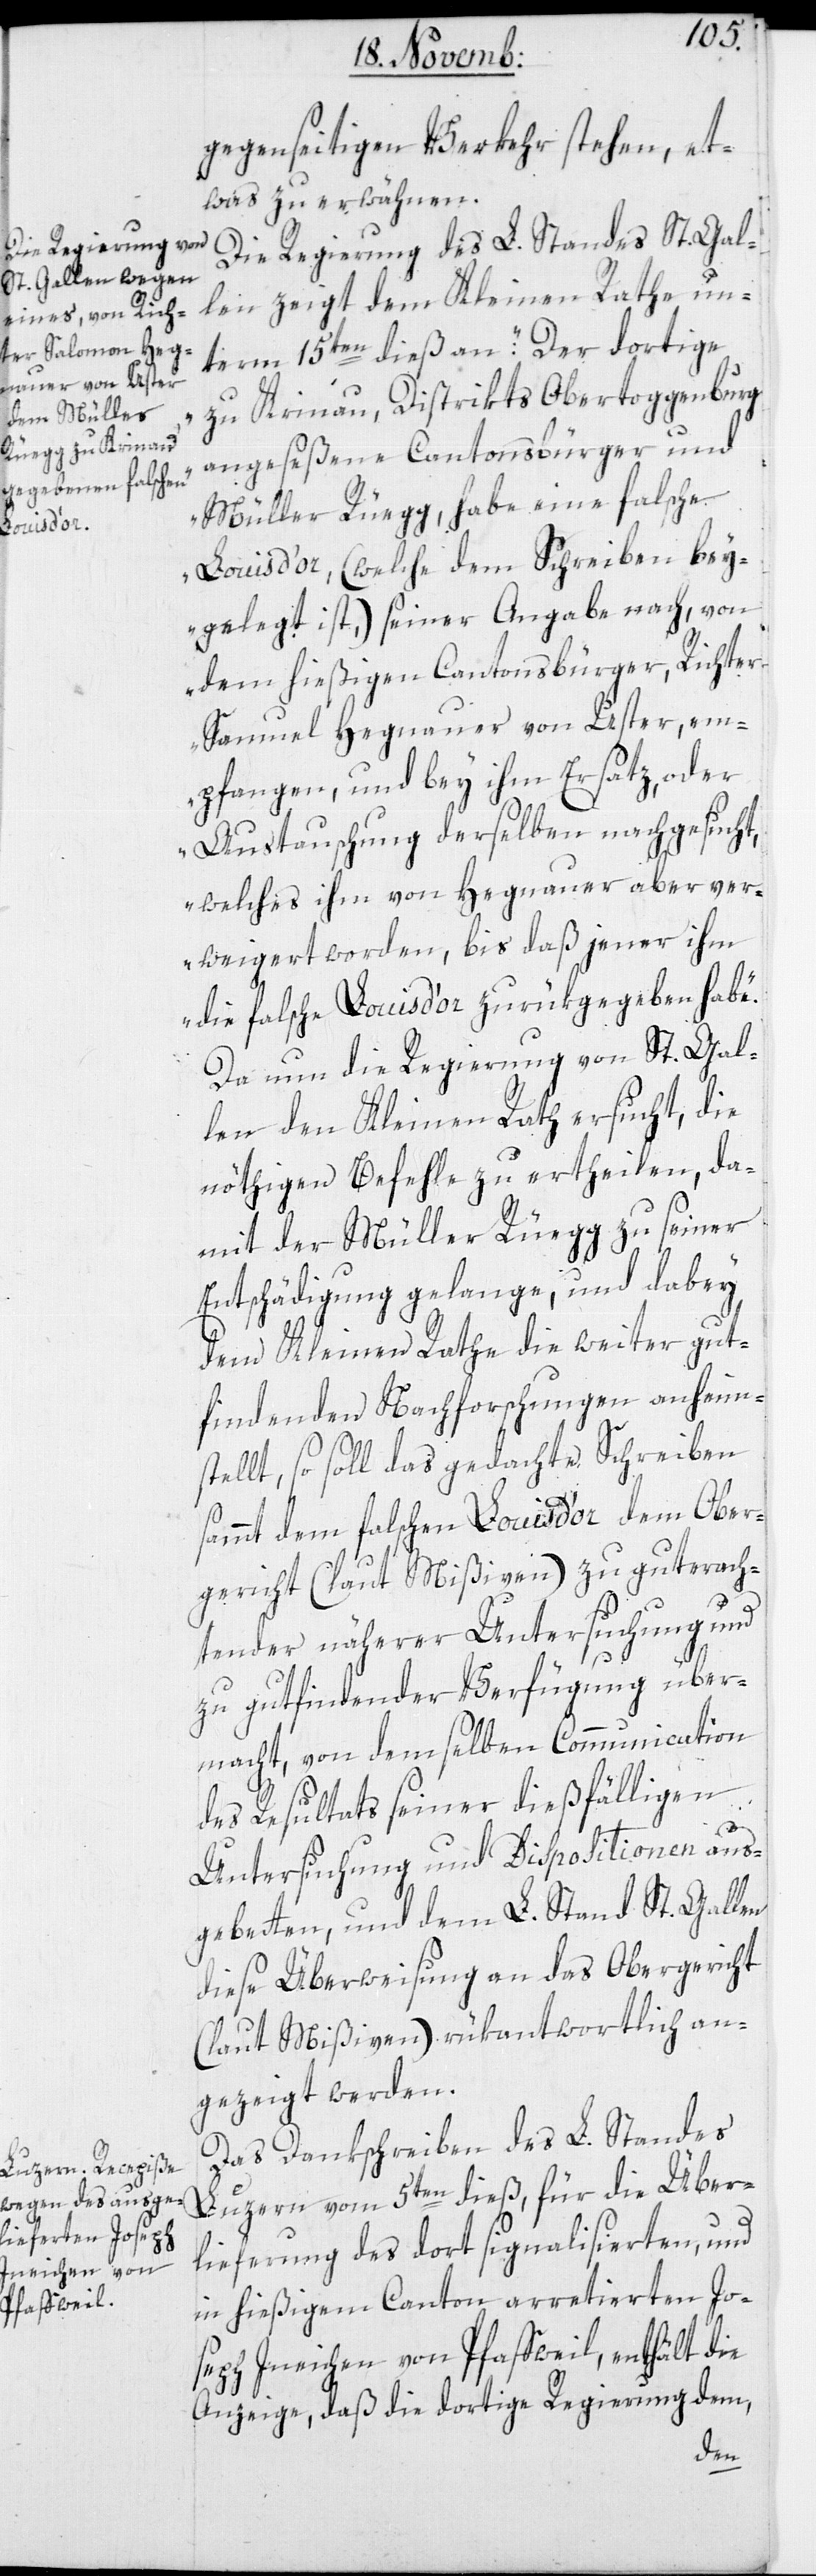
gegenseitigen Verkehr stehen, et¬
was zu erwähnen.
Die Regierung des L. Standes St. Gal¬
len zeigt dem Kleinen Rathe un¬
term 15ten dieß an: „Der dortige
zu Krinau, Distrikts Obertoggenburg
angeseßene Cantonsbürger und
Müller Rüegg, habe eine falsche
Louis d’or, (welche dem Schreiben bei¬
gelegt ist,) seiner Angabe nach, von
dem hießigen Cantonsbürger, Richter
Samuel Hegnauer von Uster, em¬
pfangen, und bey ihm Ersatz, oder
Austauschung derselben nachgesucht,
welches ihm von Hegnauer aber ver¬
weigert worden, bis daß jener ihm
die falsche Louis d’or zurükgegeben habe.“
Da nun die Regierung von St. Gal¬
len den Kleinen Rath ersucht, die
nöthigen Befehle zu ertheilen, da¬
mit der Müller Rüegg zu seiner
Entschädigung gelange, und dabey
dem Kleinen Rathe die weiter gut
findenden Nachforschungen anheims¬
tellt, so soll das gedachte Schreiben
sammt dem falschen Louis d’or dem Ober¬
gericht (laut Mißiven) zu gut erach¬
tender näherer Untersuchung und
zu gut findender Verfügung über¬
macht, von demselben Communication
des Resultats seiner dießfälligen
Untersuchung und Dispositionen aus¬
gebeten, und dem L. Stand St. Gallen
diese Überweisung an das Obergericht
(laut Mißiven) rükantwortlich an¬
gezeigt werden.
Das Dankschreiben des L. Standes
Luzern vom 5ten dieß, für die Über¬
lieferung des dort signalisierten und
in hießigem Canton arretierten Jo¬
seph Ineichen von Pfaffwil, enthält die
Anzeige, daß die dortige Regierung dem,